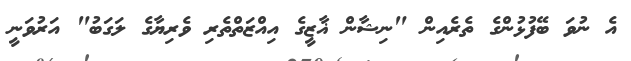
އެ ނުވަ ބޭފުޅުންގެ ތެރެއިން "ނިޝާން ޣާޒީގެ އިއްޒަތްތެރި ވެރިޔާގެ ލަގަބު" އަރުވަނީ